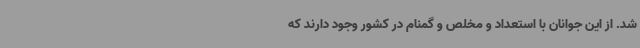
شد. از این جوانان با استعداد و مخلص و گمنام در کشور وجود دارند که